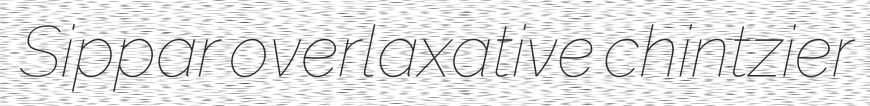
Sippar overlaxative chintzier